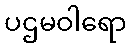
ပဌမဝါရော